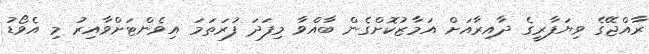
ރާއްޖޭގެ ވިޔަފާރީގެ ދާއިރާއަށް އަމާޒުކޮށްގެން ބާއްވާ މިފަދަ ފުރަތަމަ އިވެންޓަށްވާއިރު މި އެވޯޑު